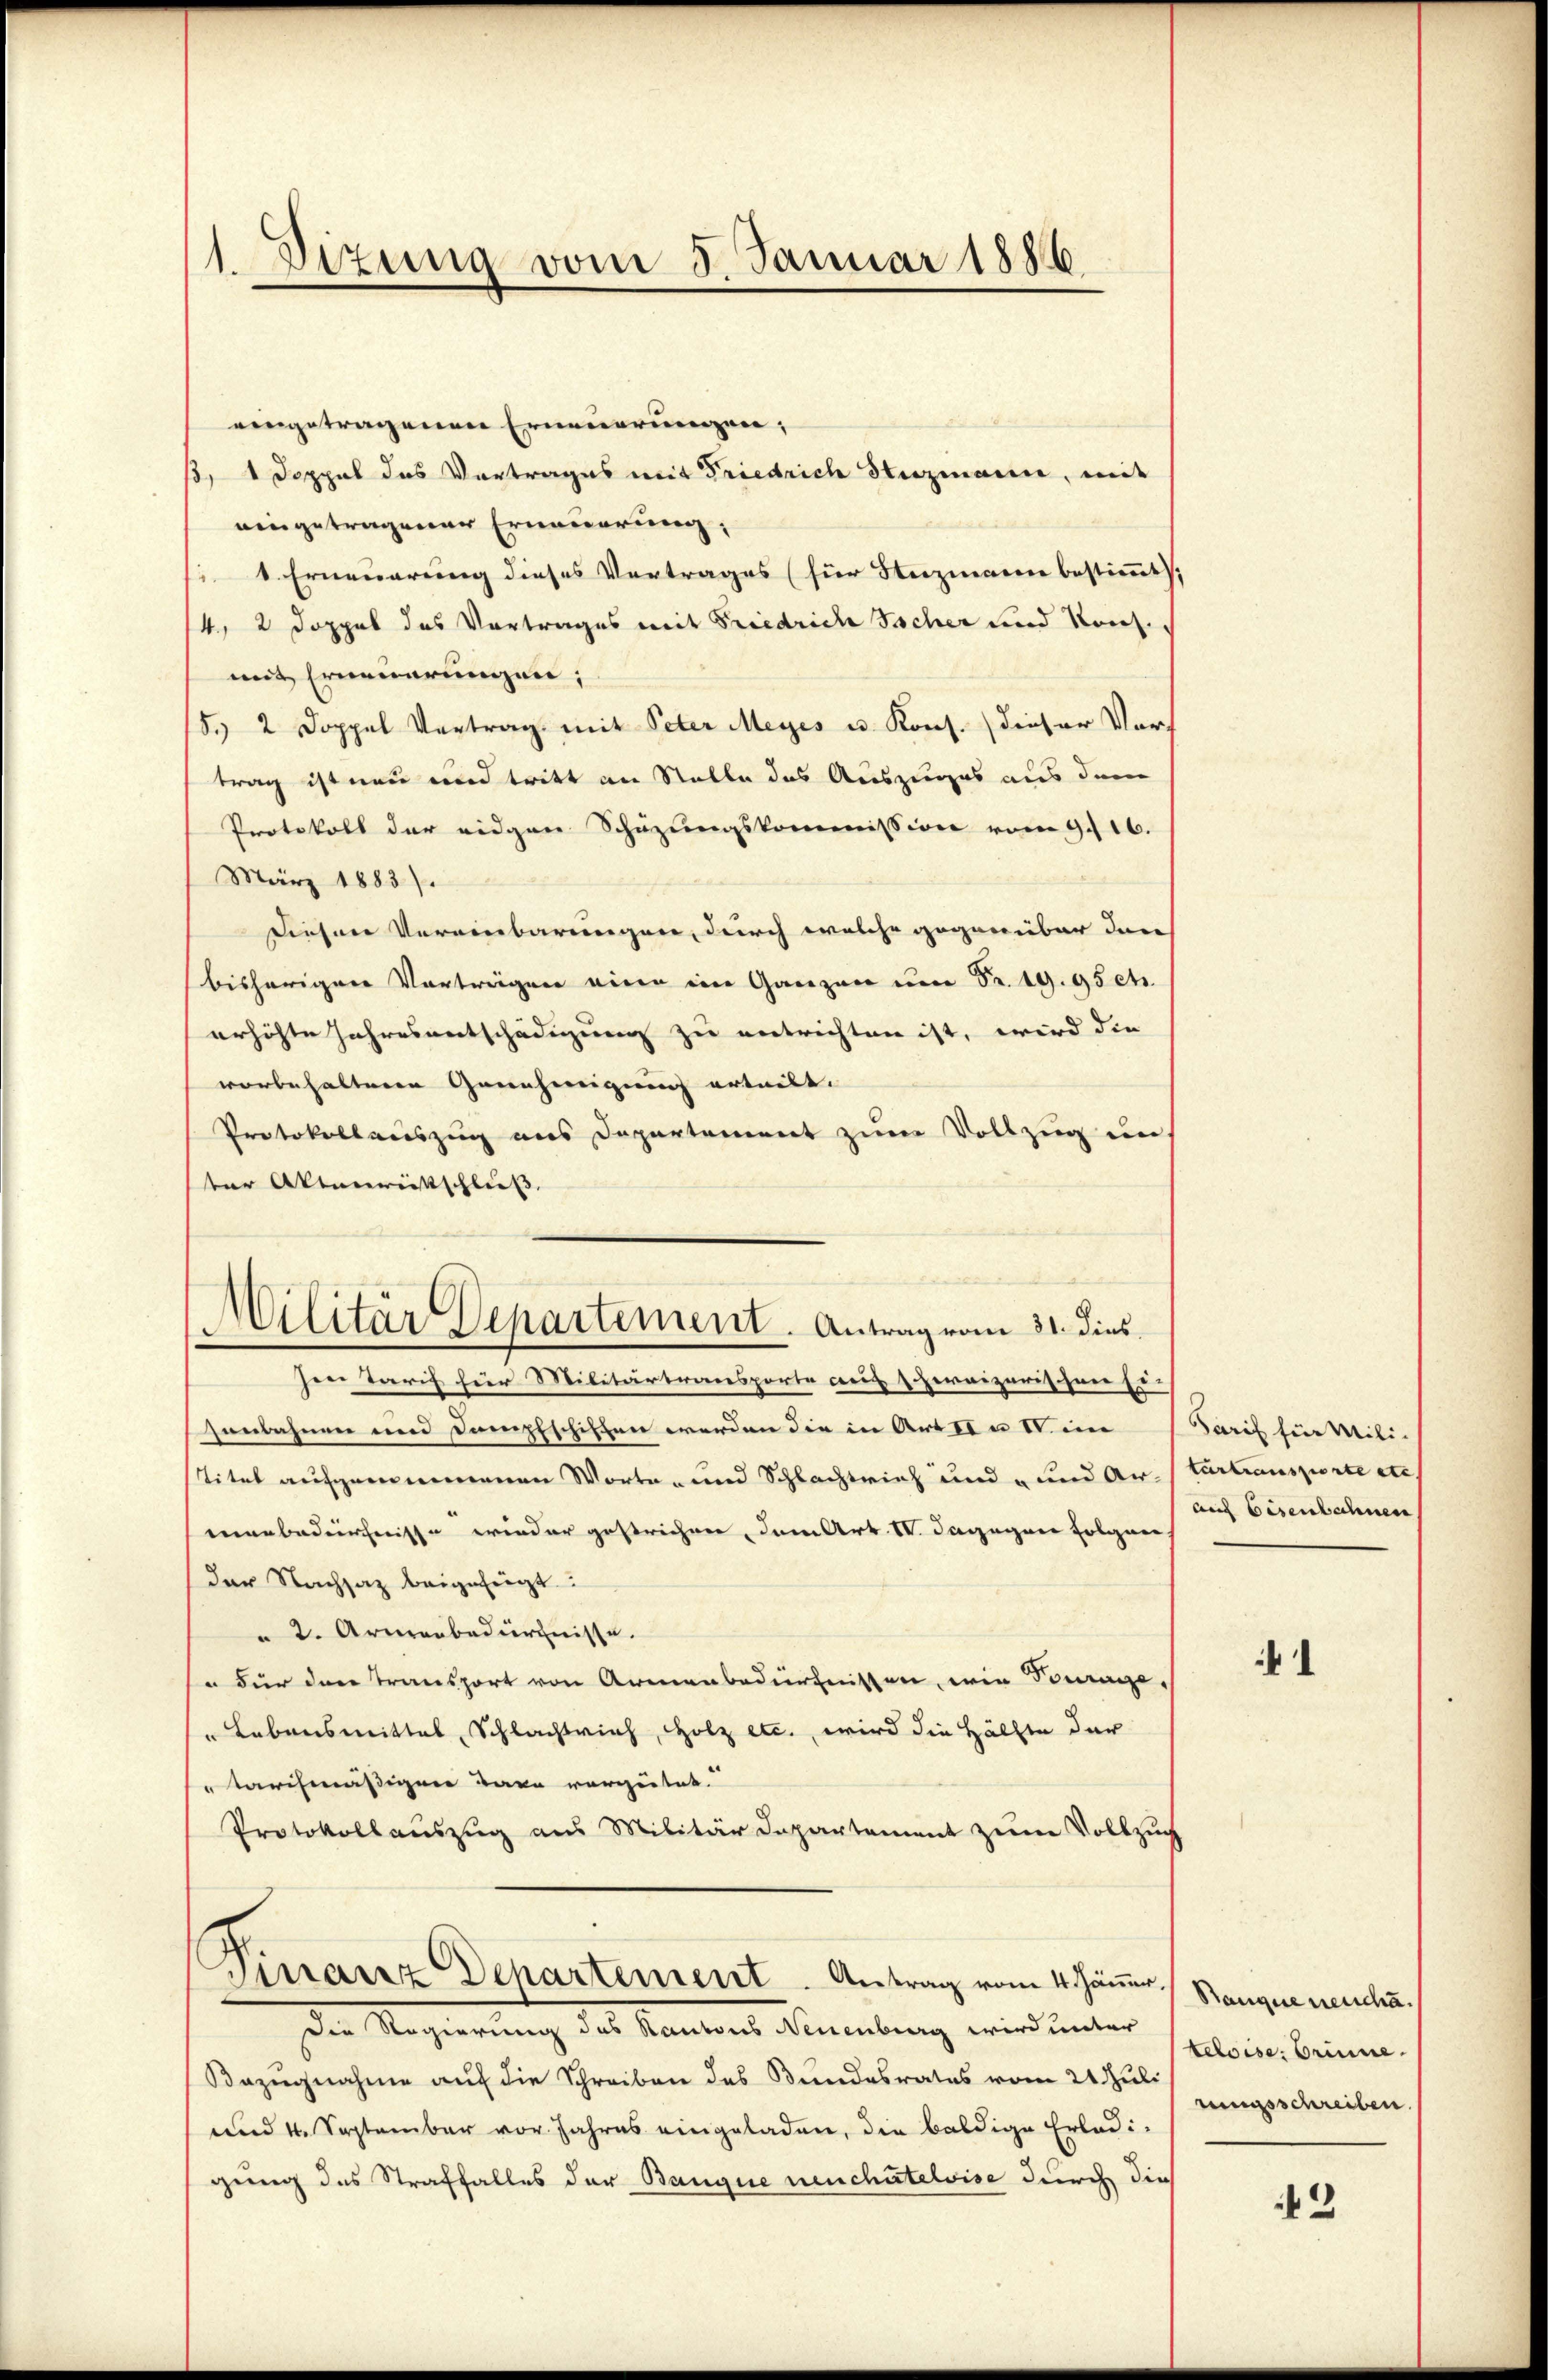
1 Dizung vom 5. Januar 1886

eingetragenen Erneuerungen,
13, 1 Doppel das Vortrages mit Friedrich Stuzmann, mit
eingetragener Erneuerung,
 1. Erneuerung dieses Vertrages (für Steizmann bestimmt,
4, 2 Doppel des Vortrages mit Friedrich Sacher und Kons.,
mit Erneuerungen;
/5. 2 Doppel Vertrag mit Peter Meyes u. Kons.) dieser Vorf
trag ist neu und tritt an Stelle des Auszuges aus dem
Protokoll der eidgen Schüzungskommission vom 9. 16.
März 1883).
Diesen Vereinbarungen, durch welche gegenüber den
bisherigen Vorträgen eine im Ganzen um Fr. 19. 95 ch
erhöhte Jahresentschädigung zu entrichten ist, wird die
vorbehalteren Genehmigung erteilt.
Protokollauszug aus Departement zum Vollzug un
ter Aktenreitschließ,
Militär Departement. Antrag vom 31. dies

Ien Tarif für Militärtransporte auf Hervizerischen Er
senbahnen und Dampfschiffen werden die in Art II a VV. im Tarif für Mili-
stitel aufgemeinnenen Worten und Schlachtrief und und Ar. (Vortransporte etc
menbedürfnisse wieder gestrichen, dem Art. IV. Dagegen folgen
der Nachsatz beigefügt:
 2. Armenbedürfnisse.
u Für der Transport von Armenbedürfnissen, wie Pourage¬
" Lebensmittel, Schlachtrich, Holz etc., wird die Hälfte der
" tarifmäßigen Taxe vorgetet.
Protokollauszug aus Militär Departement zum Vollzug
Pirranz Departement. Antrag vom 4. Jäner Banque neuche.
Der Regierung des Kantons Aaumbung wird unter
Bezŭgnahme auf die Schreiben des Bundesrates vom 21. Juli
und 4. September vor Jahres eingeladen, die baldige Erledi-
gung des Straffalles der Banque neuchatelvise durch die

auch Eisenbahnen

1

teloise. Brinne
rungsschreiben.

2